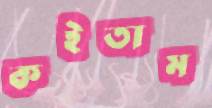
কইতাম